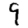
Digit: 9